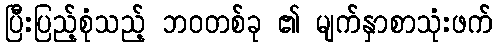
ပြီးပြည့်စုံသည့် ဘဝတစ်ခု ၏ မျက်နှာစာသုံးဖက်